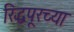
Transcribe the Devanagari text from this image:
रिद्धपूरच्या